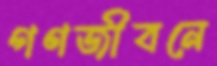
গণজীবনে